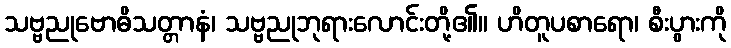
သဗ္ဗညုဗောဓိသတ္တာနံ၊ သဗ္ဗညုဘုရားလောင်းတို့၏။ ဟိတူပစာရော၊ စီးပွားကို